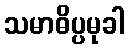
သမာဓိပ္ပမုခါ